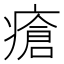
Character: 瘡